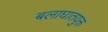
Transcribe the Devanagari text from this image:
बलाघातयुक्त